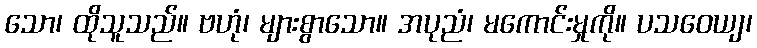
သော၊ ထိုသူသည်။ ဗဟုံ၊ များစွာသော။ အပုညံ၊ မကောင်းမှုကို။ ပသဝေယျ၊